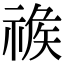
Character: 𥚦